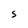
Character: S